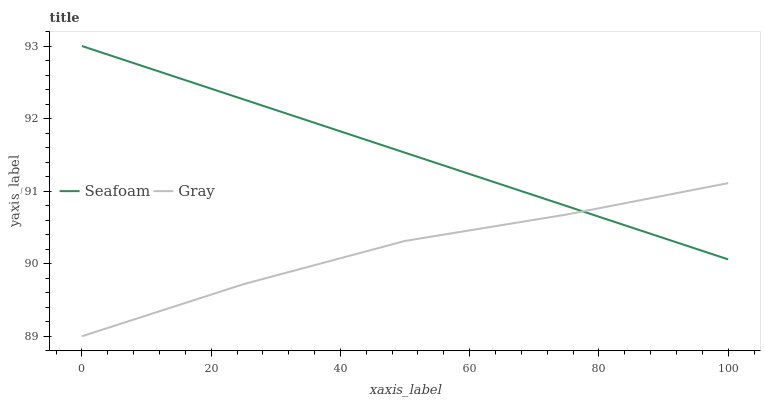
| xaxis_label | Seafoam | Gray |
 | --- | --- | --- |
 | 0 | 93 | 89 |
 | 25 | 92.3 | 89.7 |
 | 50 | 91.5 | 90.3 |
 | 75 | 90.8 | 90.7 |
 | 100 | 90.1 | 91.1 |